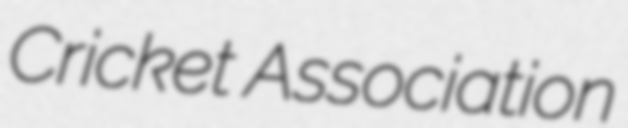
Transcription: Cricket Association